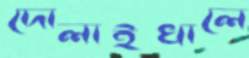
দোলাইখালে